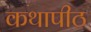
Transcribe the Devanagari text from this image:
कथापीठ